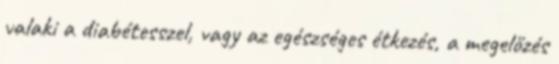
­valaki a diabétesszel, vagy az egészséges étkezés, a megelőzés